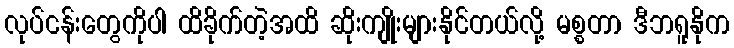
လုပ်ငန်းတွေကိုပါ ထိခိုက်တဲ့အထိ ဆိုးကျိုးများနိုင်တယ်လို့ မစ္စတာ ဒီဘရူနိုက